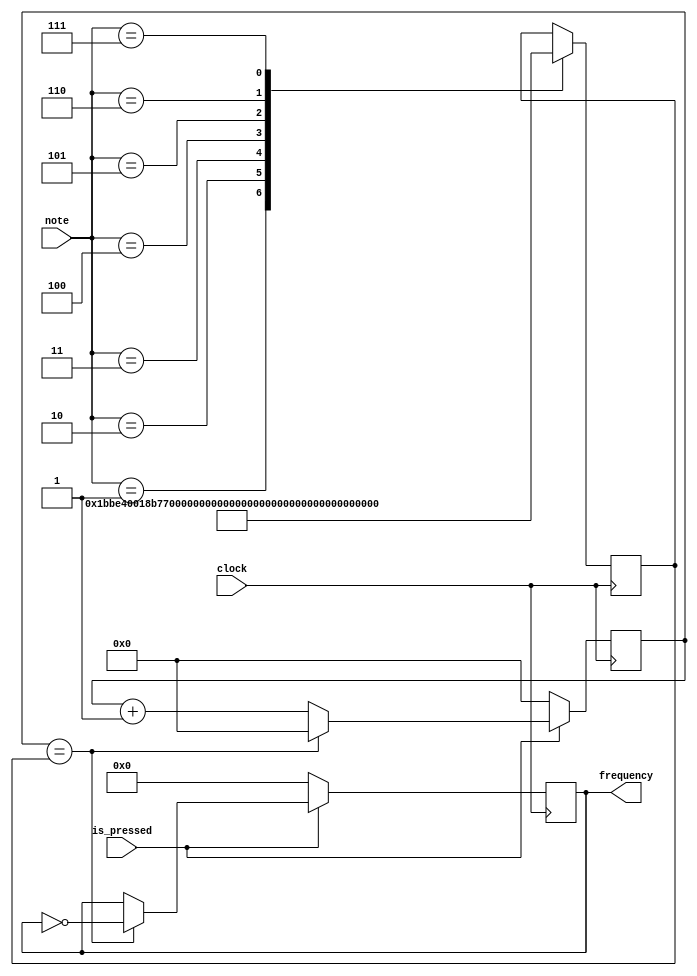
module Frequency_Generator(clock, note, is_pressed, frequency);
input clock;
input [2:0] note;
input is_pressed;

output reg [15:0] frequency;

reg [27:0] counter;
reg [27:0] note_count;

parameter A			= 3'b001;
parameter B			= 3'b010;
parameter C			= 3'b011;
parameter D			= 3'b100;
parameter E			= 3'b101;
parameter F			= 3'b110;
parameter G			= 3'b111;

initial
	begin
	frequency = 16'h0000;
	counter = 0;
	end

always@(posedge clock)
begin
	case(note)
		A:
			note_count = 113636;
		B: 
			note_count = 101239;
		C: 
			note_count =  95556;
		D: 
			note_count =  85131;
		E: 
			note_count =  75843;
		F: 
			note_count =  71586;
		G: 
			note_count =  63776;
	endcase
end

always@(posedge clock)
	begin
	if (is_pressed == 0)
		begin
		frequency <= 0;
		counter <= 0;
		end
	else
		begin
		counter <= counter + 1;
		if ( counter == note_count)
			begin
			counter <= 0;
			frequency <= ~frequency;
			end
		end
	end
endmodule